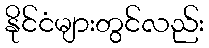
နိုင်ငံများတွင်လည်း